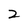
Character: 2